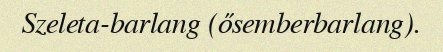
Szeleta-barlang (ősemberbarlang).